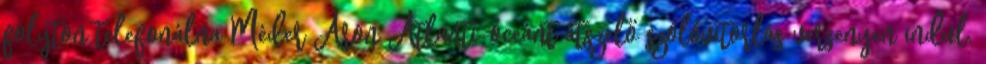
folyton telefonálna Méder Áron Atlanti-óceánt átszelő szólóvitorlás versenyen indul.